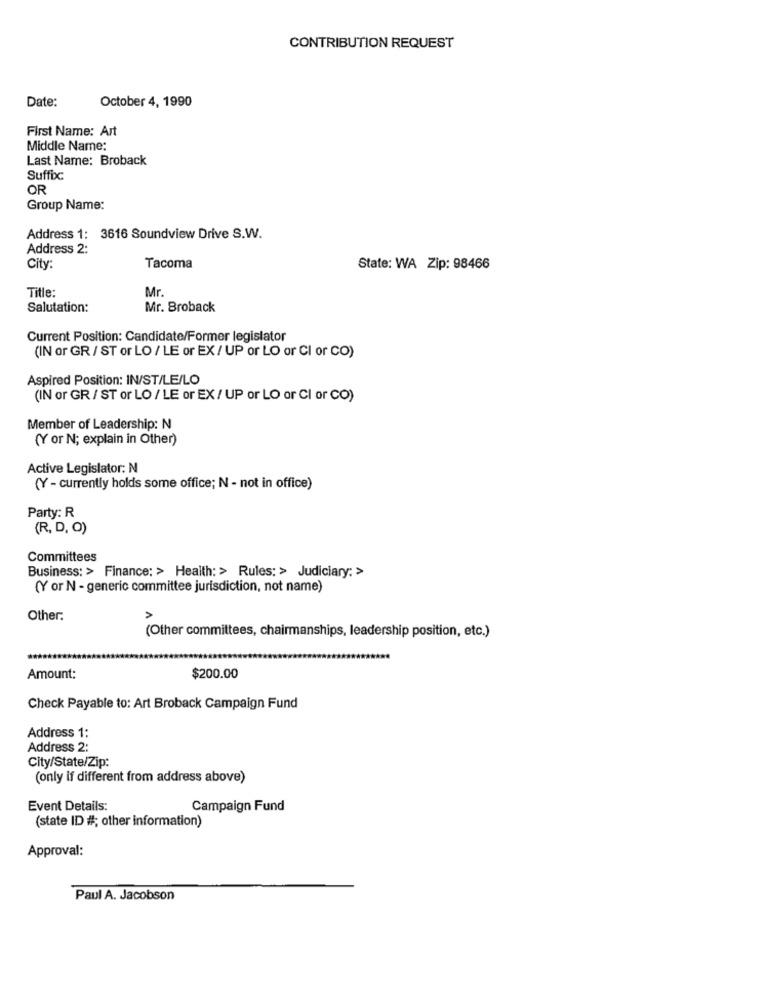
CONTRIBUTION REQUEST
Date:
October 4, 1990
First Name: Art
Middle Name:
Last Name: Broback
Suffic
OR
Group Name:
Address 1: 3616 Soundview Drive S.W.
Address 2:
City:
Tacoma
State: WA Zip: 98466
Mr.
Title:
Salutation:
Mr. Broback
Current Position: Candidate/Former legislator
(IN or GR / ST or LO / LE or EX / UP or LO or CI or CO)
Aspired Position: IN/ST/LE/LO
(IN or GR / ST or LO / LE or EX / UP or LO or CI or CO)
Member of Leadership: N
(Y or N; explain in Other)
Active Legislator: N
(Y - currently holds some office; N - not in office)
Party: R
(R, D, O)
Committees
Business: > Finance: > Health: > Rules: > Judiciary: >
(Y or N - generic committee jurisdiction, not name)
Other:
(Other committees, chairmanships, leadership position, etc.)
Amount:
$200.00
Check Payable to: Art Broback Campaign Fund
Address 1:
Address 2:
City/State/Zip:
(only if different from address above)
Event Details:
Campaign Fund
(state ID #; other information)
Approval:
Paul A. Jacobson